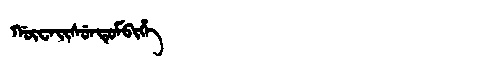
Manchu: ᡤᡡᠸᠠᡳᠰᡠᠨᡨᡠᠮᠪᡳᡥᡝ
Romanization: GŪWAISUNTUMBIHE